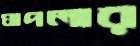
ঘাপলার